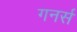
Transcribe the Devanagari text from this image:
गनर्स